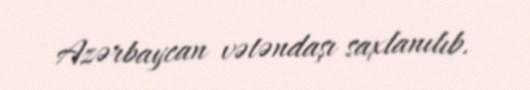
Azərbaycan vətəndaşı saxlanılıb.